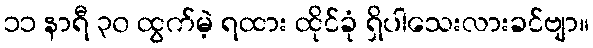
၁၁ နာရီ ၃၀ ထွက်မဲ့ ရထား ထိုင်ခုံ ရှိပါသေးလားခင်ဗျာ။